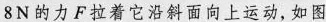
8N的力F拉着它沿斜面向上运动，如图